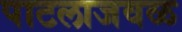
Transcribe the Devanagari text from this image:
पाटलाजवळ